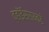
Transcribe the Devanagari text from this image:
व्हॉईसरायकडे